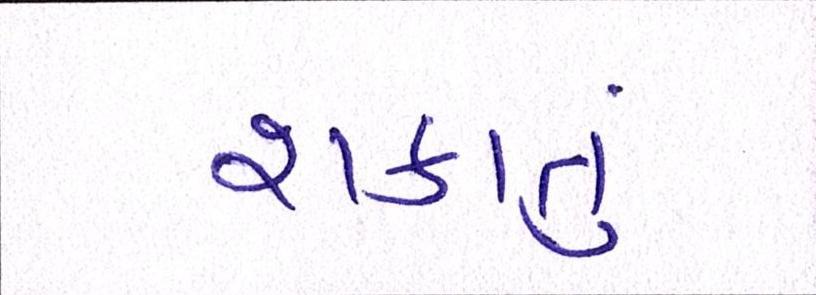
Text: શકાતું